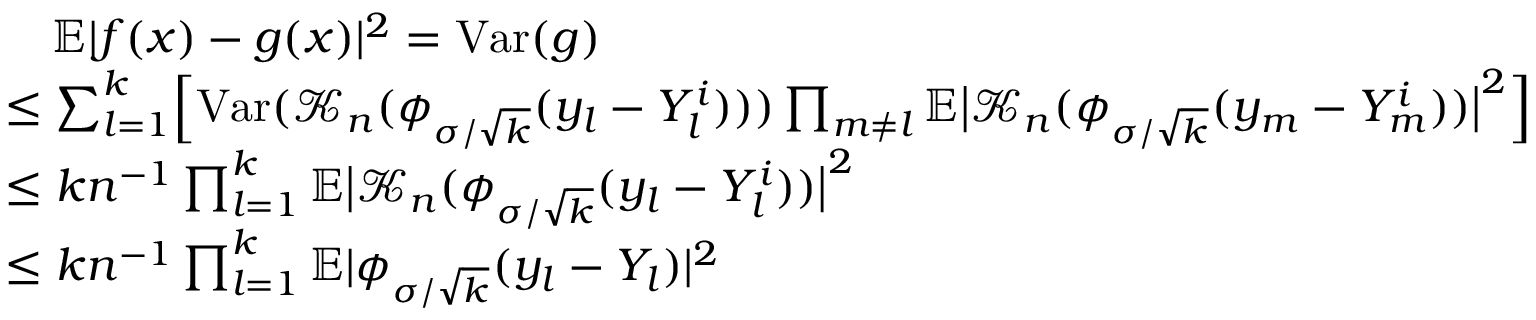
\begin{array} { r l } & { \quad \mathbb { E } | f ( x ) - g ( x ) | ^ { 2 } = \mathrm { V a r } ( g ) } \\ & { \leq \sum _ { l = 1 } ^ { k } \Bigl [ \mathrm { V a r } ( \mathcal { K } _ { n } ( \phi _ { \sigma / \sqrt { k } } ( y _ { l } - Y _ { l } ^ { i } ) ) ) \prod _ { m \neq l } \mathbb { E } \big | \mathcal { K } _ { n } ( \phi _ { \sigma / \sqrt { k } } ( y _ { m } - Y _ { m } ^ { i } ) ) \big | ^ { 2 } \Bigr ] } \\ & { \leq k n ^ { - 1 } \prod _ { l = 1 } ^ { k } \mathbb { E } \big | \mathcal { K } _ { n } ( \phi _ { \sigma / \sqrt { k } } ( y _ { l } - Y _ { l } ^ { i } ) ) \big | ^ { 2 } } \\ & { \leq k n ^ { - 1 } \prod _ { l = 1 } ^ { k } \mathbb { E } | \phi _ { \sigma / \sqrt { k } } ( y _ { l } - Y _ { l } ) | ^ { 2 } } \end{array}